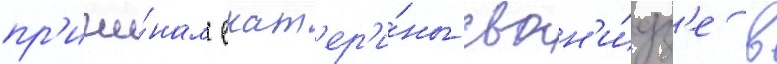
пр'ичи́нам екат'ер'и́ны сван'и́дз'е в